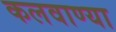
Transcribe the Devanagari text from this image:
कलवाण्या